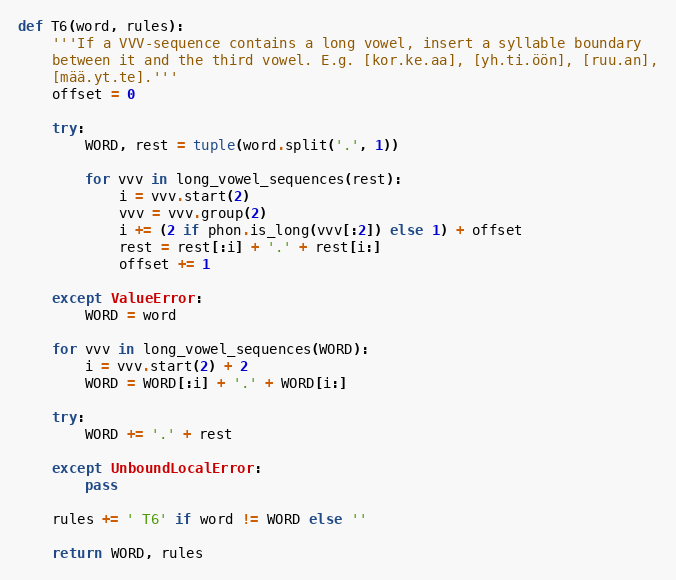
Language: Python
def T6(word, rules):
    '''If a VVV-sequence contains a long vowel, insert a syllable boundary
    between it and the third vowel. E.g. [kor.ke.aa], [yh.ti.öön], [ruu.an],
    [mää.yt.te].'''
    offset = 0

    try:
        WORD, rest = tuple(word.split('.', 1))

        for vvv in long_vowel_sequences(rest):
            i = vvv.start(2)
            vvv = vvv.group(2)
            i += (2 if phon.is_long(vvv[:2]) else 1) + offset
            rest = rest[:i] + '.' + rest[i:]
            offset += 1

    except ValueError:
        WORD = word

    for vvv in long_vowel_sequences(WORD):
        i = vvv.start(2) + 2
        WORD = WORD[:i] + '.' + WORD[i:]

    try:
        WORD += '.' + rest

    except UnboundLocalError:
        pass

    rules += ' T6' if word != WORD else ''

    return WORD, rules